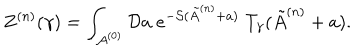
LaTeX: Z ^ { ( n ) } ( \gamma ) = \int _ { { \cal A } ^ { ( 0 ) } } { \cal D } a \; e ^ { - { \cal S } ( \tilde { A } ^ { ( n ) } + a ) } \; T _ { \gamma } ( \tilde { A } ^ { ( n ) } + a ) .